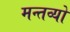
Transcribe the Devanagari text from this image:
मन्तव्यो